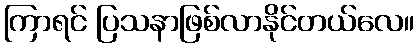
ကြာရင် ပြသနာဖြစ်လာနိုင်တယ်လေ။